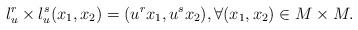
LaTeX: \begin{align*} l_u^r\times l_u^s (x_1,x_2)=(u^rx_1,u^sx_2), \forall (x_1,x_2)\in M\times M.\end{align*}